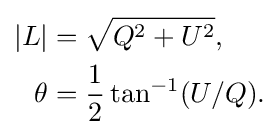
{\begin{aligned}|L|&={\sqrt {Q^{2}+U^{2}}},\\\theta &={\frac {1}{2}}\tan ^{-1}(U/Q).\\\end{aligned}}